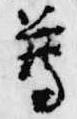
尊